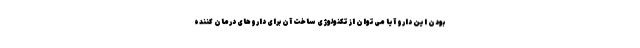
بودن این دارو آیا می‌توان از تکنولوژی ساخت آن برای داروهای درمان کننده